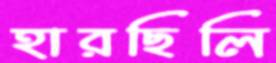
হারছিলি